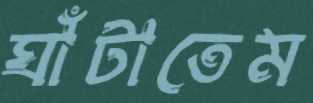
ঘাঁটাতেম